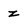
Character: z